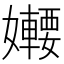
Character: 𡤆